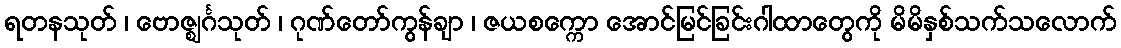
ရတနသုတ် ၊ ဗောဇ္ဈင်္ဂသုတ် ၊ ဂုဏ်တော်ကွန်ချာ ၊ ဇယစက္ကော အောင်မြင်ခြင်းဂါထာတွေကို မိမိနှစ်သက်သလောက်